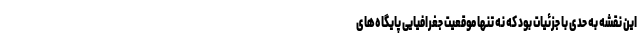
این نقشه به حدی با جزئیات بود که نه تنها موقعیت جغرافیایی پایگاه‌های